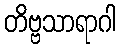
တိဗ္ဗသာရာဂါ